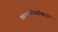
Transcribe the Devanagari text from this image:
चळवळीबरोबरच